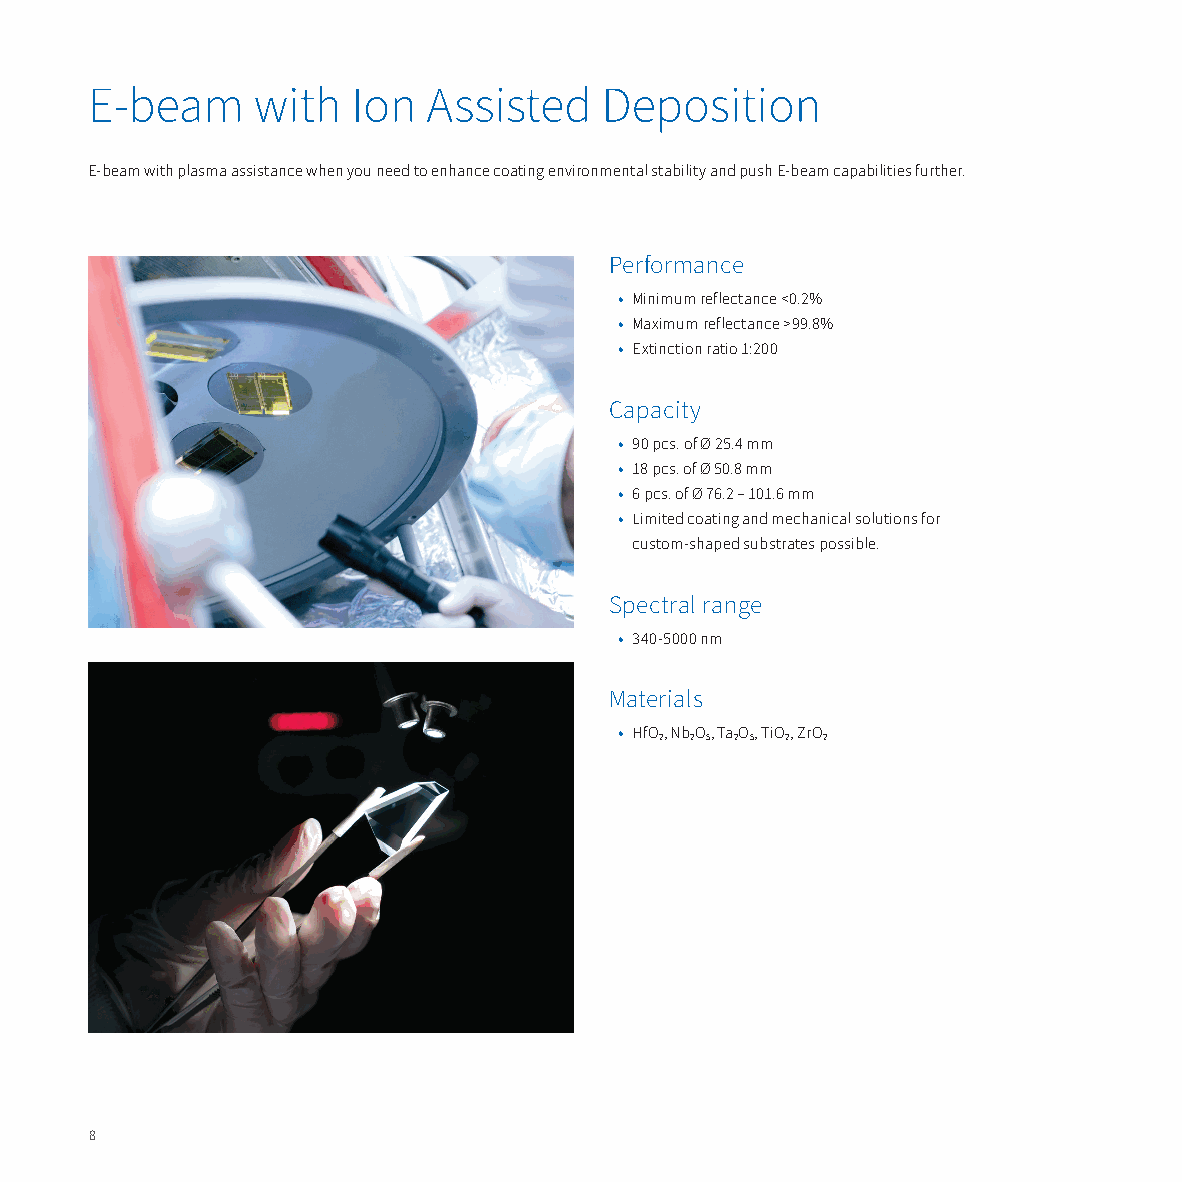
E-beam     with  Ion  Assisted    Deposition
 E-beam with plasma assistance when you need to enhance coating environmental stability and push E-beam capabilities further.
 Performance
 • Minimum reflectance <0.2%
 • Maximum reflectance >99.8%
 • Extinction ratio 1:200
 Capacity
 • 90 pcs. of Ø 25.4 mm
 • 18 pcs. of Ø 50.8 mm
 • 6 pcs. of Ø 76.2 – 101.6 mm
 • Limited coating and mechanical solutions for
 custom-shaped substrates possible.
 Spectral range
 • 340-5000 nm
 Materials
 • HfO2, Nb2O5, Ta2O5, TiO2, ZrO2
 8